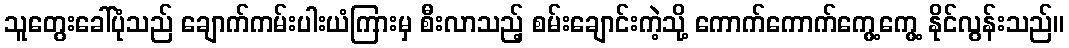
သူတွေးခေါ်ပုံသည် ချောက်ကမ်းပါးယံကြားမှ စီးလာသည့် စမ်းချောင်းကဲ့သို့ ကောက်ကောက်ကွေ့ကွေ့ နိုင်လွန်းသည်။